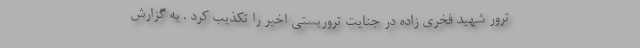
ترور شهید فخری زاده در جنایت تروریستی اخیر را تکذیب کرد . به گزارش